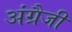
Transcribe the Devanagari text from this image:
अंग्रैजी